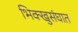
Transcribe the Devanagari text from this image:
भिक्खुसंघात